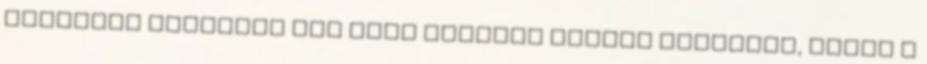
Emesének biztosan van köze nemcsak Gyelán Zsolthoz, hanem a